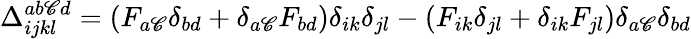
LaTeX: \Delta_{ijkl}^{ab\mathscr{C}d}=(F_{a\mathscr{C}}\delta_{bd}+\delta_{a\mathscr{C}}F_{bd})\delta_{ik}\delta_{jl}-(F_{ik}\delta_{jl}+\delta_{ik}F_{jl})\delta_{a\mathscr{C}}\delta_{bd}